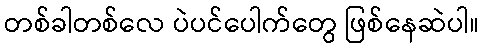
တစ်ခါတစ်လေ ပဲပင်ပေါက်တွေ ဖြစ်နေဆဲပါ။